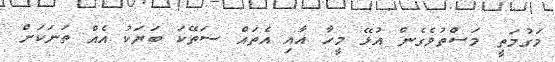
މަގުމަތީ މަސްތުވެގެން އުޅޭ މީހާ އާއި އެތައް ސަތޭކަ ބަޔަކު އެއް ތަނަކަށް